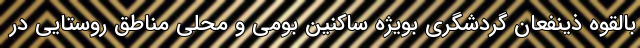
بالقوه ذینفعان گردشگری بویژه ساکنین بومی و محلی مناطق روستایی در